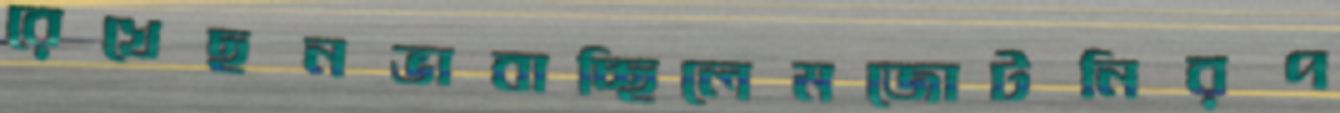
রেখেছনভাবাচ্ছিলেমজোটনিরপ